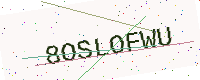
Text: 8OSLOFWU